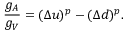
\frac { g _ { A } } { g _ { V } } = ( \Delta u ) ^ { p } - ( \Delta d ) ^ { p } .